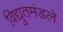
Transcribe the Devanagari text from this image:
विद्युतमंडले